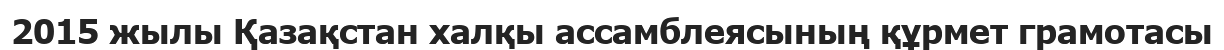
2015 жылы Қазақстан халқы ассамблеясының құрмет грамотасы